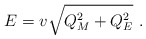
\begin{align*}E = v \sqrt{Q_M^2 + Q_E^2} \,\, .\end{align*}